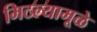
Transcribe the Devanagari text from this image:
मिटल्यामूळे